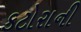
કટોરાની